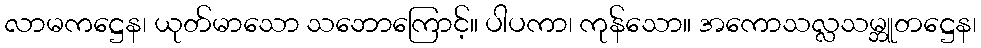
လာမကဋ္ဌေန၊ ယုတ်မာသော သဘောကြောင့်။ ပါပကာ၊ ကုန်သော။ အကောသလ္လသမ္ဘူတဋ္ဌေန၊